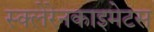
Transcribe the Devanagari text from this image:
स्क्लेरेनकाइमेटस